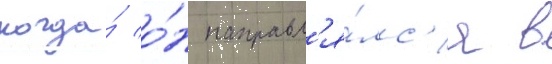
когда́ о́н направл'я́лс'я в